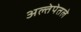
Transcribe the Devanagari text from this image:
अल्तेपेतले